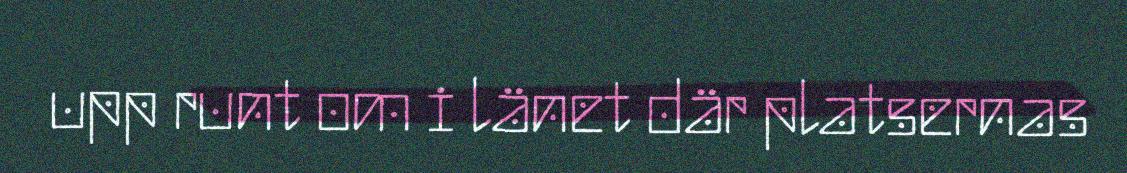
upp runt om i länet där platsernas